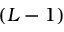
( L - 1 )